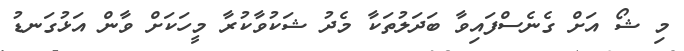
މި ޝޯ އަށް ގެނެސްފައިވާ ބަދަލުތަކާ މެދު ޝަކުވާކުރާ މީހަކަށް ވާން އަޅުގަނޑު